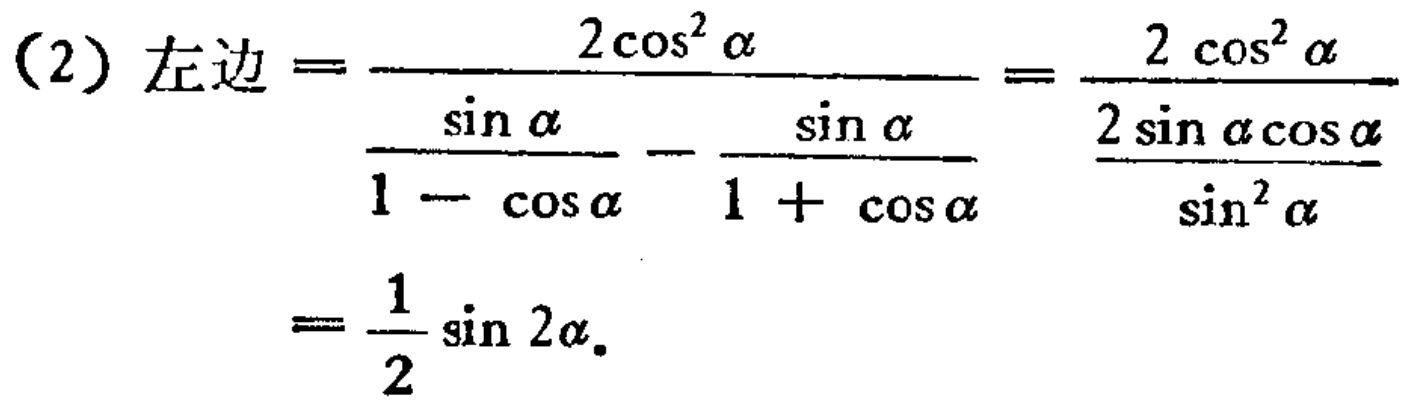
（2）左边\(=\frac{2\cos^{2}\alpha}{\frac{\sin\alpha}{1 - \cos\alpha}-\frac{\sin\alpha}{1 + \cos\alpha}}=\frac{2\cos^{2}\alpha}{\frac{2\sin\alpha\cos\alpha}{\sin^{2}\alpha}}=\frac{1}{2}\sin 2\alpha\)